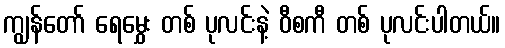
ကျွန်တော် ရေမွှေး တစ် ပုလင်းနဲ့ ဝီစကီ တစ် ပုလင်းပါတယ်။